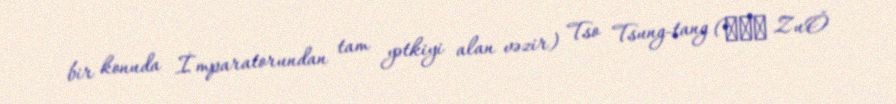
bir konuda İmparatorundan tam yətkiyi alan vəzir) Tso Tsung-tang (左宗棠 Zuǒ